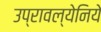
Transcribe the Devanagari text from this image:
उप्रावल्येनिये